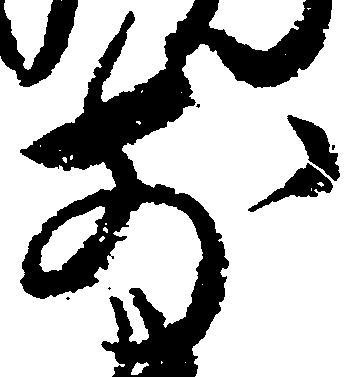
前